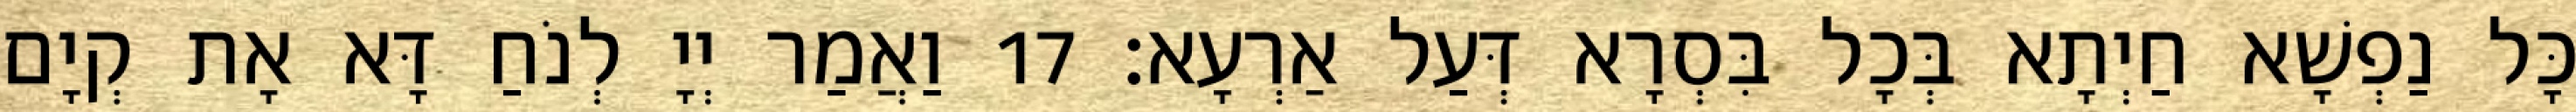
כָּל נַפְשָׁא חַיְתָא בְּכָל בִּסְרָא דְּעַל אַרְעָא׃ 17 וַאֲמַר יְיָ לְנֹחַ דָּא אָת קְיָם